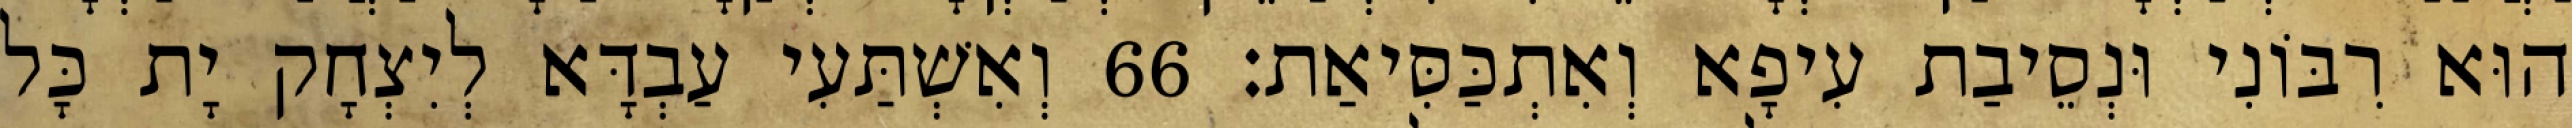
הוּא רִבּוֹנִי וּנְסֵיבַת עִיפָא וְאִתְכַּסִּיאַת׃ 66 וְאִשְׁתַּעִי עַבְדָּא לְיִצְחָק יָת כָּל